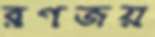
রণজয়